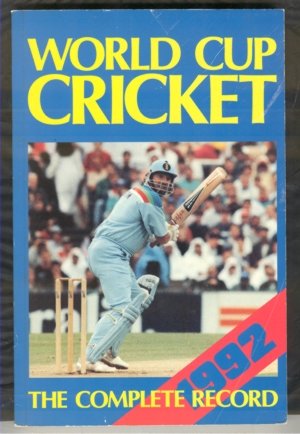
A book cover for World Cup Cricket, 1992: The Complete Illustrated Record; SMITHERS ET AL.; Sports & Outdoors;